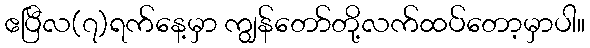
ဧပြီလ(၇)ရက်နေ့မှာ ကျွန်တော်တို့လက်ထပ်တော့မှာပါ။